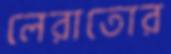
লেরাতোর